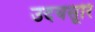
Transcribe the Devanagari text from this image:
उदयसूरि